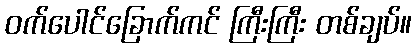
ဝက်ပေါင်ခြောက်ကင် ကြီးကြီး တစ်ချပ်။